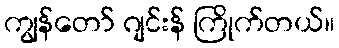
ကျွန်တော် ဂျင်းန် ကြိုက်တယ်။